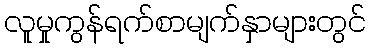
လူမှုကွန်ရက်စာမျက်နှာများတွင်